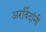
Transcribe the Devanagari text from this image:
अरविंदांनी